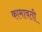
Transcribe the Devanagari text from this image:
कामावती